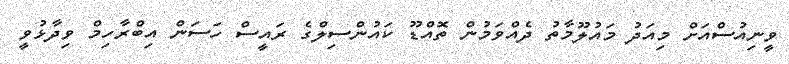
ވީނިއުސްއަށް މިއަދު މައުލޫމާތު ދެއްވަަމުން ތޮއްޑޫ ކައުންސިލްގެ ރައީސް ހަސަން އިބްރާހިމް ވިދާޅުވީ